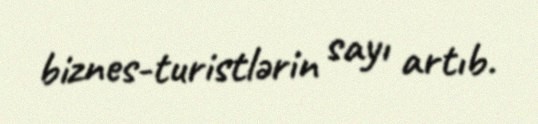
biznes-turistlərin sayı artıb.